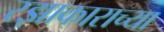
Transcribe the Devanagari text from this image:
रझाकाराच्या